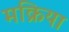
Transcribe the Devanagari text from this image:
मक्रिया